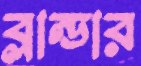
ব্লান্ডার